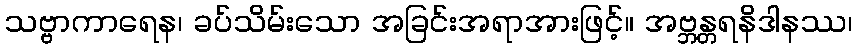
သဗ္ဗာကာရေန၊ ခပ်သိမ်းသော အခြင်းအရာအားဖြင့်။ အဗ္ဘန္တရနိဒါနဿ၊